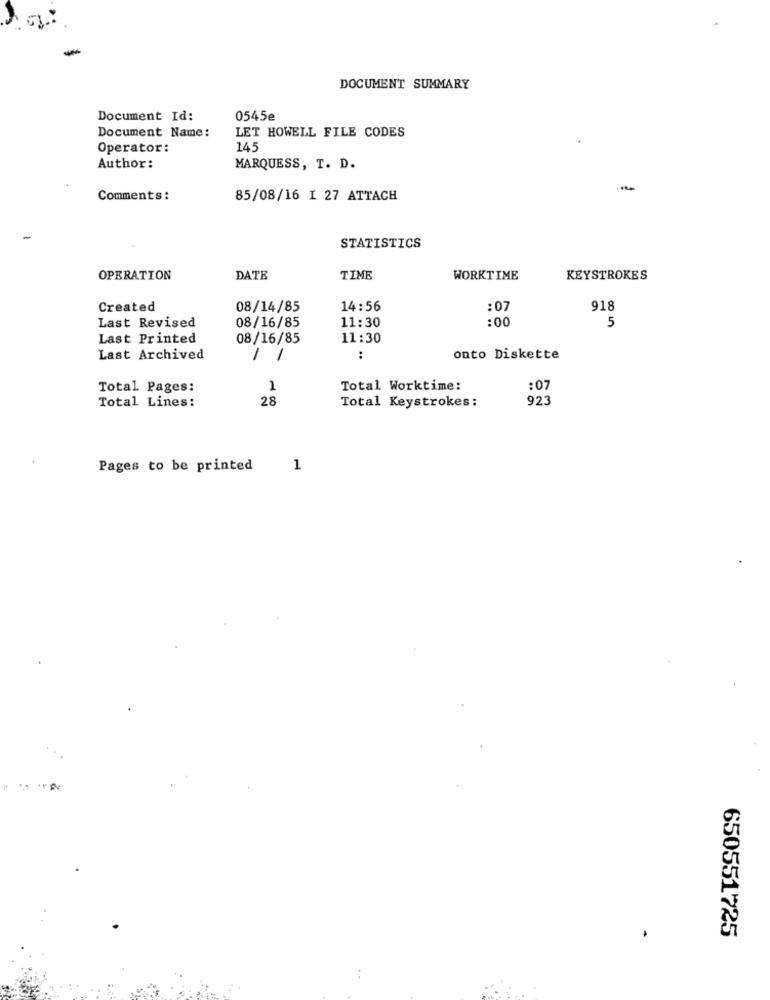
DOCUMENT SUMMARY
Document Id:
0545e
Document Name:
LET HOWELL FILE CODES
Operator:
145
Author:
MARQUESS, T. D.
Comments:
85/08/16 I 27 ATTACH
STATISTICS
OPERATION
DATE
TIME
WORKTIME
KEYSTROKES
Created
08/14/85
14:56
:07
918
08/16/85
:00
Last Revised
11:30
5
Last Printed
08/16/85
11:30
Last Archived
1
1
:
onto Diskette
Total Pages:
1
Total Worktime:
:07
Total Lines:
28
Total Keystrokes:
923
Pages to be printed
1
650551725